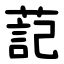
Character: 䓽